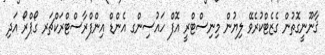
ޤާނޫނީގޮތުން ގެޒެޓްކުރެވޭ ލިޔުން މިނިސްޓްރީ އޮފް ހައުސިންގ އެންޑް އިންފްރާސްޓްރަކްޗަރ ގޯޕްރޯ އަދި